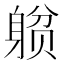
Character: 𲄥